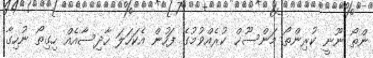
ންތޯ ނޫނީ ކުރިންތޯ މަންސޫޚް ކުރެއްވުމުގެ ފަހުން އެކަހަލަ ހާދިސާއެއް ހިގިތޯ ނުހިގާ